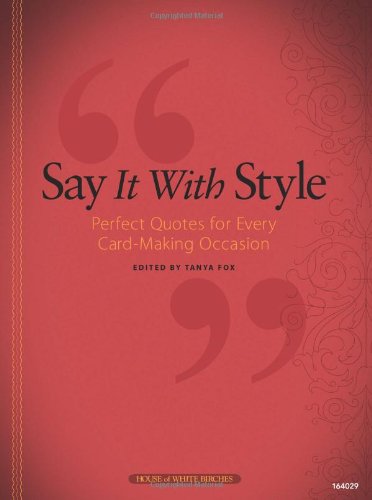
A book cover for Say It With Style; Crafts, Hobbies & Home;